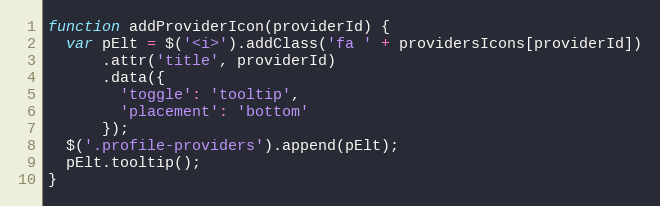
Language: JavaScript
function addProviderIcon(providerId) {
  var pElt = $('<i>').addClass('fa ' + providersIcons[providerId])
      .attr('title', providerId)
      .data({
        'toggle': 'tooltip',
        'placement': 'bottom'
      });
  $('.profile-providers').append(pElt);
  pElt.tooltip();
}